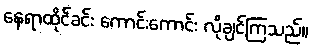
နေရာထိုင်ခင်း ကောင်းကောင်း လိုချင်ကြသည်။